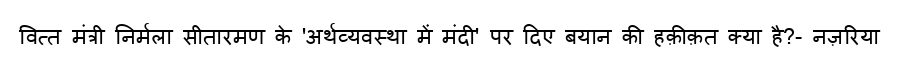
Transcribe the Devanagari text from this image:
वित्त मंत्री निर्मला सीतारमण के 'अर्थव्यवस्था में मंदी' पर दिए बयान की हक़ीक़त क्या है?- नज़रिया